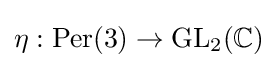
\eta :{\text{Per}}(3)\to {\text{GL}}_{2}(\mathbb {C} )